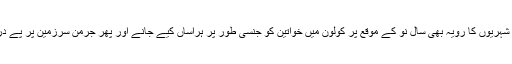
ابتدا میں مہاجرین کو خوش آمدید کہنے والے جرمن شہریوں کا رویہ بھی سالِ نو کے موقع پر کولون میں خواتین کو جنسی طور پر ہراساں کیے جانے اور پھر جرمن سرزمین پر پَے در پَے دہشت گردانہ حملوں کے بعد تبدیل ہوچکا ہے۔